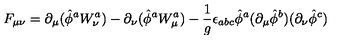
F _ { \mu \nu } = \partial _ { \mu } ( \hat { \phi } ^ { a } W _ { \nu } ^ { a } ) - \partial _ { \nu } ( \hat { \phi } ^ { a } W _ { \mu } ^ { a } ) - { \frac { 1 } { g } } \epsilon _ { a b c } \hat { \phi } ^ { a } ( \partial _ { \mu } \hat { \phi } ^ { b } ) ( \partial _ { \nu } \hat { \phi } ^ { c } )